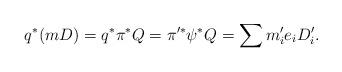
LaTeX: \begin{align*}q^*(mD)=q^*\pi^*Q=\pi'^*\psi^*Q=\sum m_i'e_iD_i'.\end{align*}